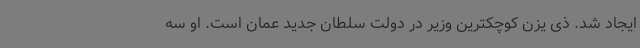
ایجاد شد. ذی یزن کوچکترین وزیر در دولت سلطان جدید عمان است. او سه